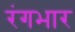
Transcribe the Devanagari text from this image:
रंगभार